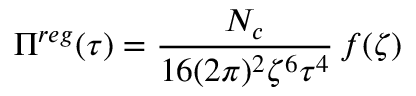
\Pi ^ { r e g } ( \tau ) = \frac { N _ { c } } { 1 6 ( 2 \pi ) ^ { 2 } \zeta ^ { 6 } \tau ^ { 4 } } \, f ( \zeta )